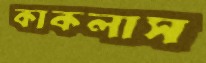
কাকলাস